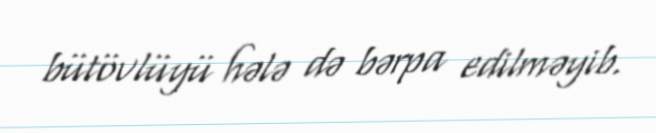
bütövlüyü hələ də bərpa edilməyib.